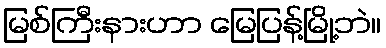
မြစ်ကြီးနားဟာ မြေပြန့်မြို့ဘဲ။